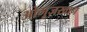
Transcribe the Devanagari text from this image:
ओगूज़खान